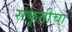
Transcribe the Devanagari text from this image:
संकृतीचा